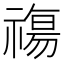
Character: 𥛙